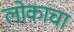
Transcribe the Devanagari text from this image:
लोकाचा